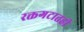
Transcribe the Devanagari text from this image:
रक्तगटातही